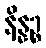
နိန္နဉ္စ